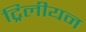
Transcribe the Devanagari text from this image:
ट्रिलीयन